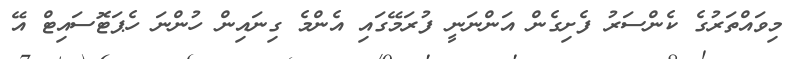
މިވައްތަރުގެ ކެންސަރު ފެށިގެން އަންނަނީ ފުރަމޭގައި އެންމެ ގިނައިން ހުންނަ ހެޕަޓޮސައިޓް އޭ